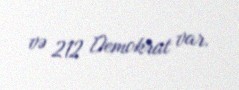
və 212 Demokrat var.